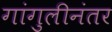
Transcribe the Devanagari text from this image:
गांगुलीनंतर